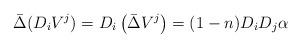
LaTeX: \begin{align*} \bar{\Delta}(D_iV^j)=D_i\left(\bar{\Delta}V^j\right)=(1-n)D_iD_j\alpha\end{align*}